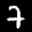
Label: 7